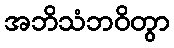
အဘိသံဘဝိတွာ